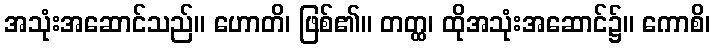
အသုံးအဆောင်သည်။ ဟောတိ၊ ဖြစ်၏။ တတ္ထ၊ ထိုအသုံးအဆောင်၌။ ကောစိ၊